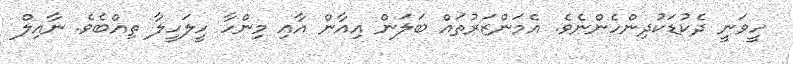
ހީވަނީ ދެކުޑަކުދިންހެންނެވެ. އެމަންޒަރުތައް ބަލަން އިއާން އާއި މިންހާ ހީލަހީލާ ތިއްބެވެ. ނާއިލް